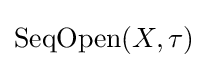
\operatorname {SeqOpen} (X,\tau )